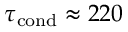
\tau _ { \mathrm { c o n d } } \approx 2 2 0